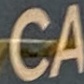
CA